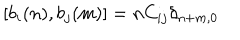
[ b _ { i } ( n ) , b _ { j } ( m ) ] = n C _ { i j } \delta _ { n + m , 0 }